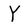
Character: Y